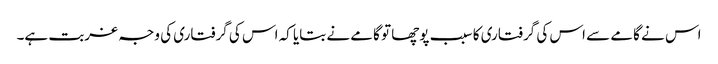
اس نے گامے سے اس کی گرفتاری کا سبب پوچھا تو گامے نے بتایا کہ اس کی گرفتاری کی وجہ غربت ہے۔